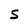
Character: S